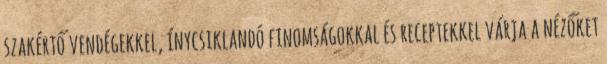
szakértő vendégekkel, ínycsiklandó finomságokkal és receptekkel várja a nézőket